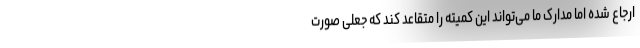
ارجاع شده اما مدارک ما می‌تواند این کمیته را متقاعد کند که جعلی صورت